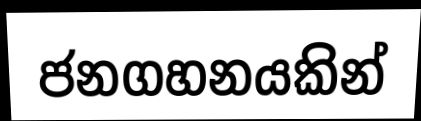
ජනගහනයකින්